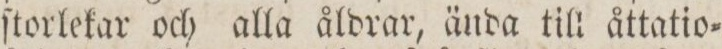
ſtorlekar och alla åldrar, ända till åttatio=